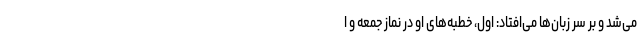
می‌شد و بر سر زبان‌ها می‌افتاد: اول، خطبه‌های او در نماز جمعه و ا